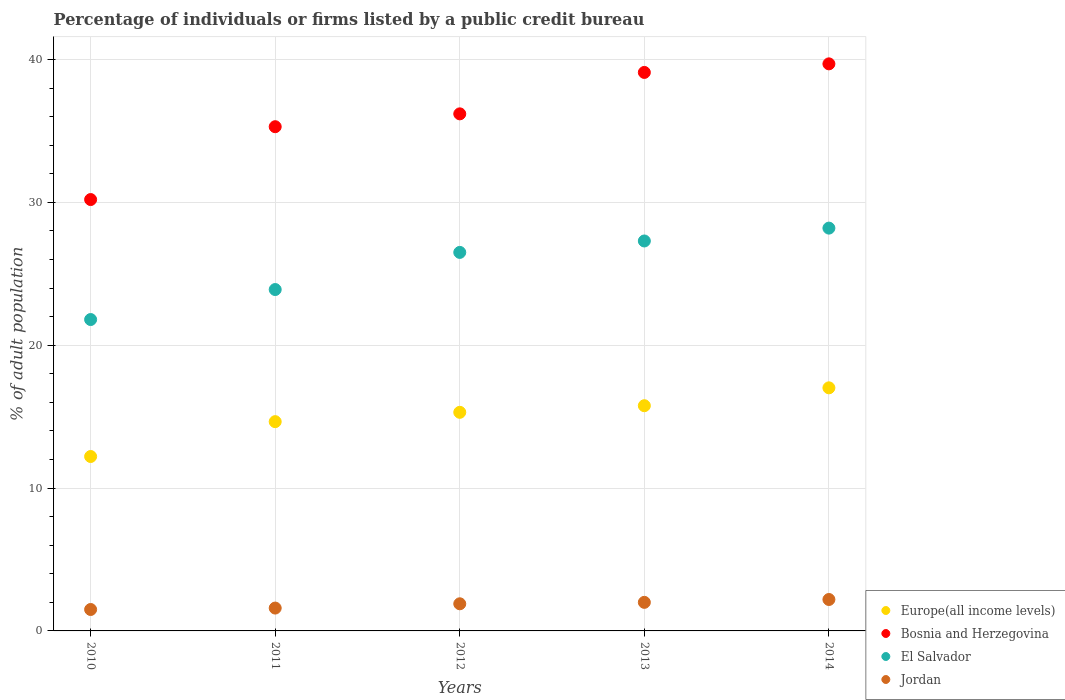
| Years | Europe(all income levels) | Bosnia and Herzegovina | El Salvador | Jordan |
 | --- | --- | --- | --- | --- |
 | 2010 | 12.2 | 30.2 | 21.8 | 1.5 |
 | 2011 | 14.7 | 35.3 | 23.9 | 1.6 |
 | 2012 | 15.3 | 36.2 | 26.5 | 1.9 |
 | 2013 | 15.8 | 39.1 | 27.3 | 2 |
 | 2014 | 17 | 39.7 | 28.2 | 2.2 |